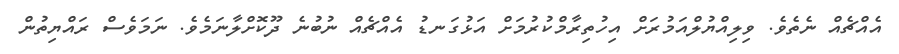
އެއްޗެއް ނެތެވެ. ވިލިއްޔުލްއަމުރަށް އިހުތިރާމްކުރުމަށް އަޅުގަނޑު އެއްޗެއް ނުބުނެ ދޫކޮށްލާނަމެވެ. ނަމަވެސް ރައްޔިތުން